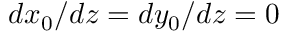
d x _ { 0 } / d z = d y _ { 0 } / d z = 0